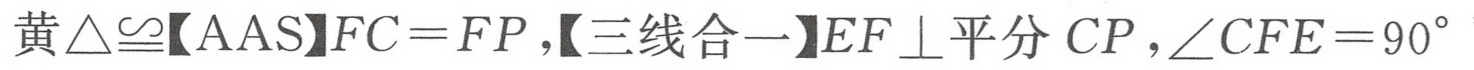
黄\(\triangle\cong\)【AAS】\(FC = FP\)，【三线合一】\(EF\perp\)平分\(CP\)，\(\angle CFE = 90^{\circ}\)